Report on lock hospitals in British Burma
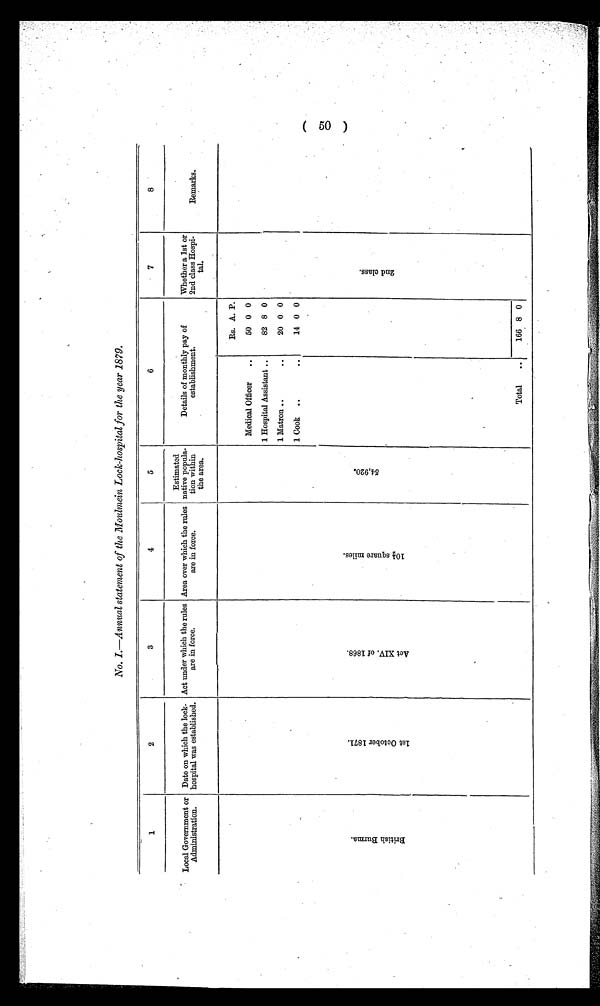
No. 1.—Annual statement of the Moulmein Lock-hospital for the year 1879.
1
2
3
4
5
6
7
8
Local Government or
Administration.
Date on which the lock-
hospital was established.
Act under which the rules
are in force.
Area over which the rules
are in force.
Estimated
native popula-
tion within
the area.
Details of monthly pay of
establishment.
Whether a 1st or
2nd class Hospi-
tal.
Remarks.
B r i t i s h B u r m a .
1 s t O c t o b e r 1 8 7 1 . A c t X I V . o f 1 8 6 8 .
1 0 ½ s q u a r e m i l e s .
5 4 , 9 2 0 .
Rs. A. P.
2 n d c l a s s .
Medical Officer
..
50 0 0
1 Hospital Assistant ..
82 8 0
1 Matron ..
. .
20 0 0
1 Cook ..
..
14 0 0
Total
..
166 8 0